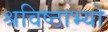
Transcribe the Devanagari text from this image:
श्रविष्ठाभ्यो